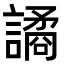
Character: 譎